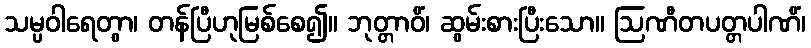
သမ္ပဝါရေတွာ၊ တန်ပြီဟုမြစ်စေ၍။ ဘုတ္တာဝိံ၊ ဆွမ်းစားပြီးသော။ ဩဏီတပတ္တပါဏိံ၊